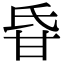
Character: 𤯁